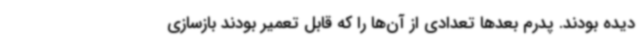
دیده بودند. پدرم بعدها تعدادی از آن‌ها را که قابل تعمیر بودند بازسازی